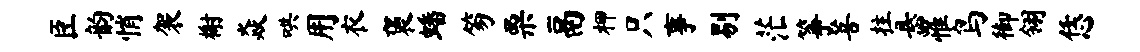
臣韵悄袈榭焱哄用衣褒蟠笏栗鬲柙只事剔茫筝菩拄悬罹鸟御翎恁